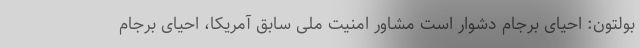
بولتون: احیای برجام دشوار است مشاور امنیت ملی سابق آمریکا، احیای برجام